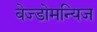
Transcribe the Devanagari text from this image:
बेज्डोमन्यिज